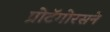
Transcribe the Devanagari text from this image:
प्रोटॅगोरसने